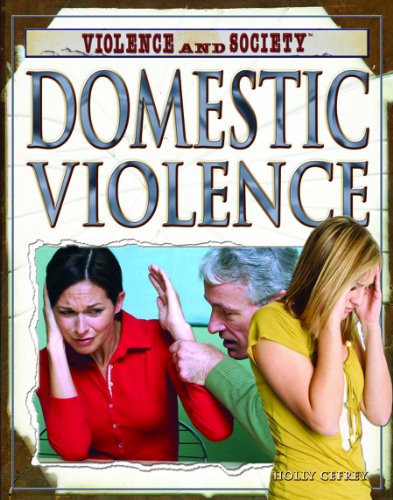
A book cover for Domestic Violence (Violence and Society); Holly Cefrey; Teen & Young Adult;